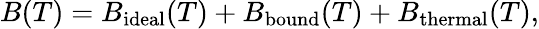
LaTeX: B(T)=B_{\mathrm{ideal}}(T)+B_{\mathrm{bound}}(T)+B_{\mathrm{thermal}}(T),